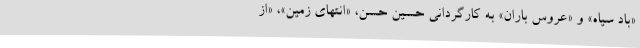
«باد سیاه» و «عروس باران» به كارگردانی حسین حسن، «انتهای زمين»، «از